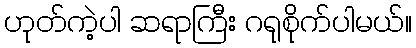
ဟုတ်ကဲ့ပါ ဆရာကြီး ဂရုစိုက်ပါမယ်။